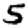
Digit: 5